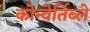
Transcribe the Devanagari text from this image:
कोन्वेर्तिब्ले